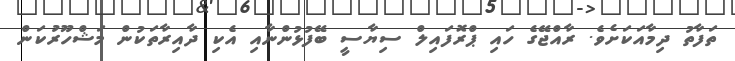
ތަފާތު ދިމާއަކަށެވެ. ރާއްޖޭގެ ހައި ޕްރޮފައިލް ސިޔާސީ ބޭފުޅުންނާއި އެކި ދާއިރާތަކުން މަޝްހޫރުކަން